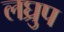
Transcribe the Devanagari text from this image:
लघ्रुप